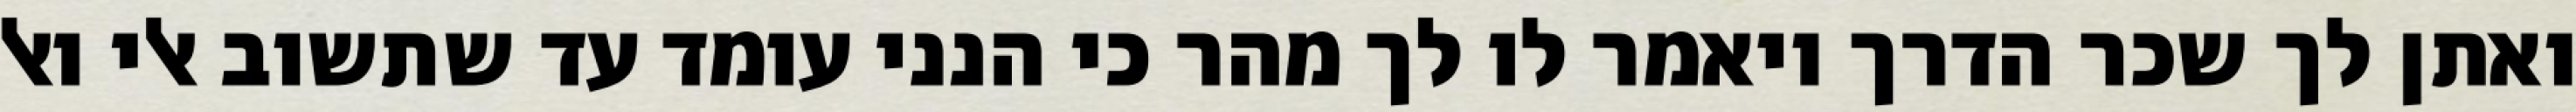
ואתן לך שכר הדרך ויאמר לו לך מהר כי הנני עומד עד שתשוב אלי ואל